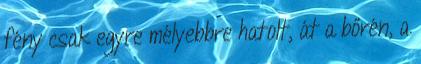
fény csak egyre mélyebbre hatolt, át a bőrén, a